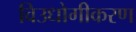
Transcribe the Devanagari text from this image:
विउधोगीकरण